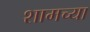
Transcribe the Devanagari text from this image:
शामच्या